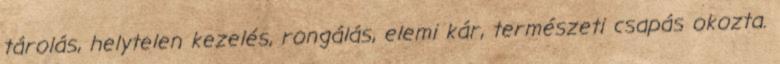
tárolás, helytelen kezelés, rongálás, elemi kár, természeti csapás okozta.